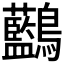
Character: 𪈭